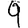
Digit: 9